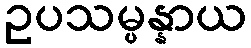
ဥပသမ္ပန္နာယ